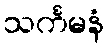
သင်္ကမနံ